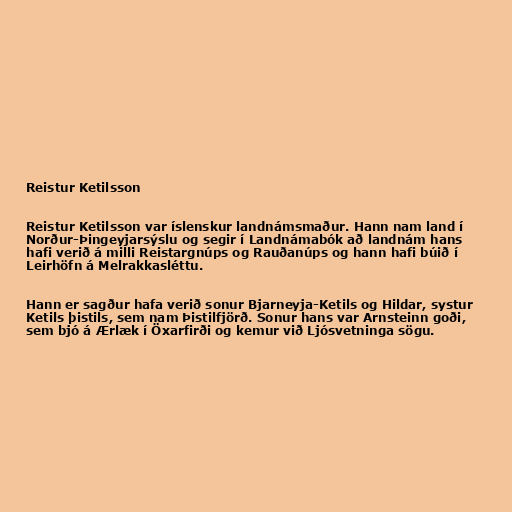
Reistur Ketilsson

Reistur Ketilsson var íslenskur landnámsmaður. Hann nam land í
Norður-Þingeyjarsýslu og segir í Landnámabók að landnám hans
hafi verið á milli Reistargnúps og Rauðanúps og hann hafi búið í
Leirhöfn á Melrakkasléttu.

Hann er sagður hafa verið sonur Bjarneyja-Ketils og Hildar, systur
Ketils þistils, sem nam Þistilfjörð. Sonur hans var Arnsteinn goði,
sem bjó á Ærlæk í Öxarfirði og kemur við Ljósvetninga sögu.